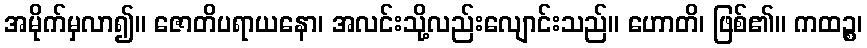
အမိုက်မှလာ၍။ ဇောတိပရာယနော၊ အလင်းသို့လည်းလျောင်းသည်။ ဟောတိ၊ ဖြစ်၏။ ကထဉ္စ၊